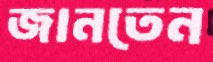
জানতেন